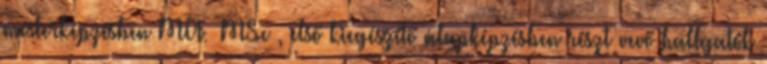
mesterképzésben MA MSc , első kiegészítő alapképzésben részt vevő hallgatók